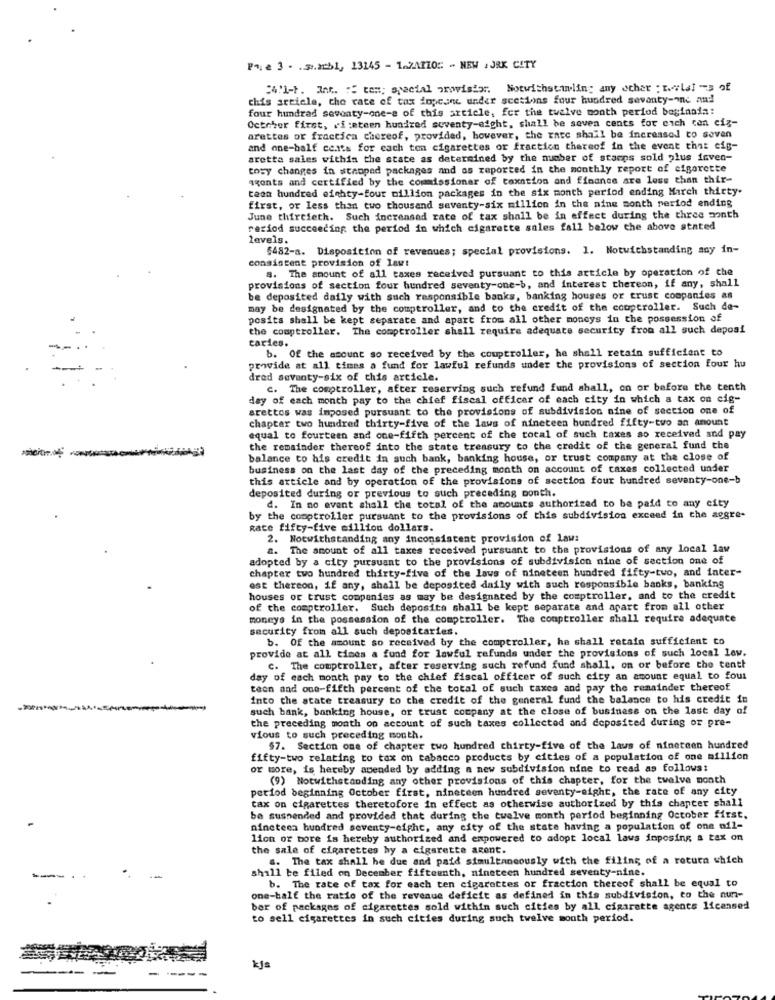
Pri e 3 . .... 251, 13145 - 1.2A170 :: - NEW , JAK CITY
24'1-1. Int. : " test; special orowistor. Notwithstanding any other ; Ils] - of
this article, the rate of tax iopcane under scetions four hundred seventy-one and
four hundred seventy-one-s of this article, for the twelve month period basinain:
October first, vi :eteen hundred seventy-aight, shall be seven cents for eich con cig-
arettes or fractica chereof, provided, however, the rate shall be increased to seven
and one-half cents for cach ton cigarettes or fraction thereof in the event that cig-
arette sales within the state as determined by the number of stamps sold plus inven-
tory changes in staoped packages and as reported in the monthly report of cigarette
agents and certified by the commissionar of taxation and finance are less than thir-
teen hundred eighty-four million packages in the six month period ending March thirty.
first, or less than two thousand seventy-six million in the nine month period ending
June thirtieth. Such increased rate of tax shall be in effect during the three month
rariod succeeding the period in which cigarette sales fall below the above stated
levels.
$482-a. Disposition of revenues; special provisions. 1. Notwithstanding any in-
consistent provision of lawt
8. The amount of all taxes received pursuant to this article by operation of the
provisions of section four hundred seventy-one-b, and interest thereon, if any, shall
be deposited daily with such responsible banks, banking houses or trust companies as
may be designated by the comptroller, and to the credit of the couptroller. Such de-
posits shall be kept separate and apart from all other moneys in the possession of
the comptroller. The comptroller shall require adequate security from all such deposi
caries.
b. Of the amount so received by the comptroller, he shall retain sufficient to
provide at all times a fund for lawful refunds under the provisions of section four hu
dred seventy-six of this article.
c. The comptroller, after reserving such refund fund shall, on or before the tenth
day of each month pay to the chief fiscal officer of each city in which a tax on cig-
arettes was imposed pursuant to the provisions of subdivision nine of section one of
chapter two hundred thirty-five of the laws of nineteen hundred fifty-two an amount
equal to fourteen and one-fifth percent of the total of such taxes so received and pay
the remainder thereof into the state treasury to the credit of the general fund the
---
balance to his credit in such bank, banking house, or trust company at the close of
business on the last day of the preceding month on account of caxes collected under
this article and by operation of the provisions of section four hundred seventy-one-b
deposited during or previous to such preceding month.
d. In no event shall the total of the acounts authorized to be paid to any city
by the comptroller pursuant to the provisions of this subdivision exceed in the aggre-
Rate fifty-five million dollars.
2. Notwithstanding any inconsistent provision of Law:
a. The amount of all taxes received pursuant to the provisions of any local law
adopted by a city pursuant to the provisions of subdivision nine of section one of
chapter two hundred thirty-five of the laws of nineteen hundred fifty-two, and inter-
ost thereon, if any, shall be deposited daily with such responsible banks, banking
houses or trust companies as may be designated by the comptroller, and to the credit
of the comptroller. Such deposita shall be kept separate and apart from all other
moneys in the possession of the comptroller. The comptroller shall require adequate
security from all such deposicaries.
b. Of the amount so received by the comptroller, he shall retain sufficient to
provide at all times a fund for lawful refunda under the provisions of such local lev.
C. The comptroller, after reserving such refund fund shall, on or before the tenth
day of each month pay to the chief fiscal officer of such city an amount equal to fout
teon and one-fifth percent of the total of such taxes and pay the remainder thereof
into the state treasury to the credit of the general fund the balance to his credit in
such bank, banking house, or trust company at the close of business on the last day of
the preceding month on account of such taxes collected and deposited during or pre-
vious to such preceding month.
$7. Section one of chapter two hundred thirty-five of the laws of nineteen hundred
fifty-two relating to tax on tabacco products by cities of a population of one million
or more, is hereby amended by adding a new subdivision nine to read as follows:
(9) Notwithstanding any other provisions of this chapter, for the twelve month
period beginning October first, nineteen hundred seventy-eight, the rate of any city
tax on cigarettes theretofore in effect as otherwise authorized by this chapter shall
be suspended and provided that during the twelve month period beginning October first.
nineteen hundred seventy-eight, any city of the state having a population of one oil-
lion or bore is hereby authorized and empowered to adopt local laws imposing a tax on
the sale of cigarettes hy a cigarette arent.
". The tax shall he due and paid simultaneously with the filing of a rotura which
shall be filed on December fifteenth, nineteen hundred seventy-nine.
b. The rate of tax for each ten cigarettes or fraction thereof shall be equal to
one-half the ratio of the revenue deficit as defined in this subdivision, to the nun-
ber of packages of cigarettes sold within such cities by all cigarette agents licensed
to sell cigarettes in such cities during such twelve south period.
kjs
--- -
----